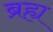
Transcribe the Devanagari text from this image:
ब्रह्य